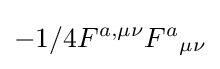
-1/4F^{a,\mu \nu }F^{a}{}_{\mu \nu }